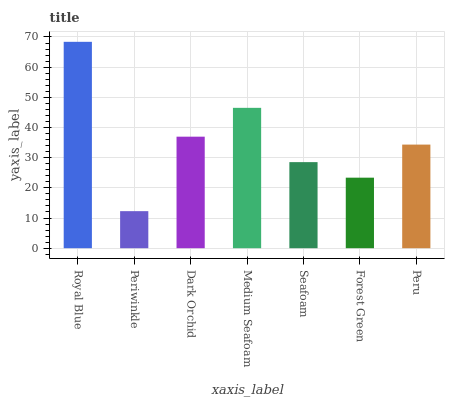
| xaxis_label | bars |
 | --- | --- |
 | Royal Blue | 68.4 |
 | Periwinkle | 12.3 |
 | Dark Orchid | 37 |
 | Medium Seafoam | 46.5 |
 | Seafoam | 28.5 |
 | Forest Green | 23.4 |
 | Peru | 34.3 |